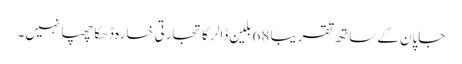
جاپان کے ساتھ تقریباً 68 بلین ڈالر کا تجارتی خسارہ ڈھکا چھپا نہیں۔